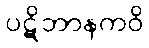
ပဋိဘာနကဝိ